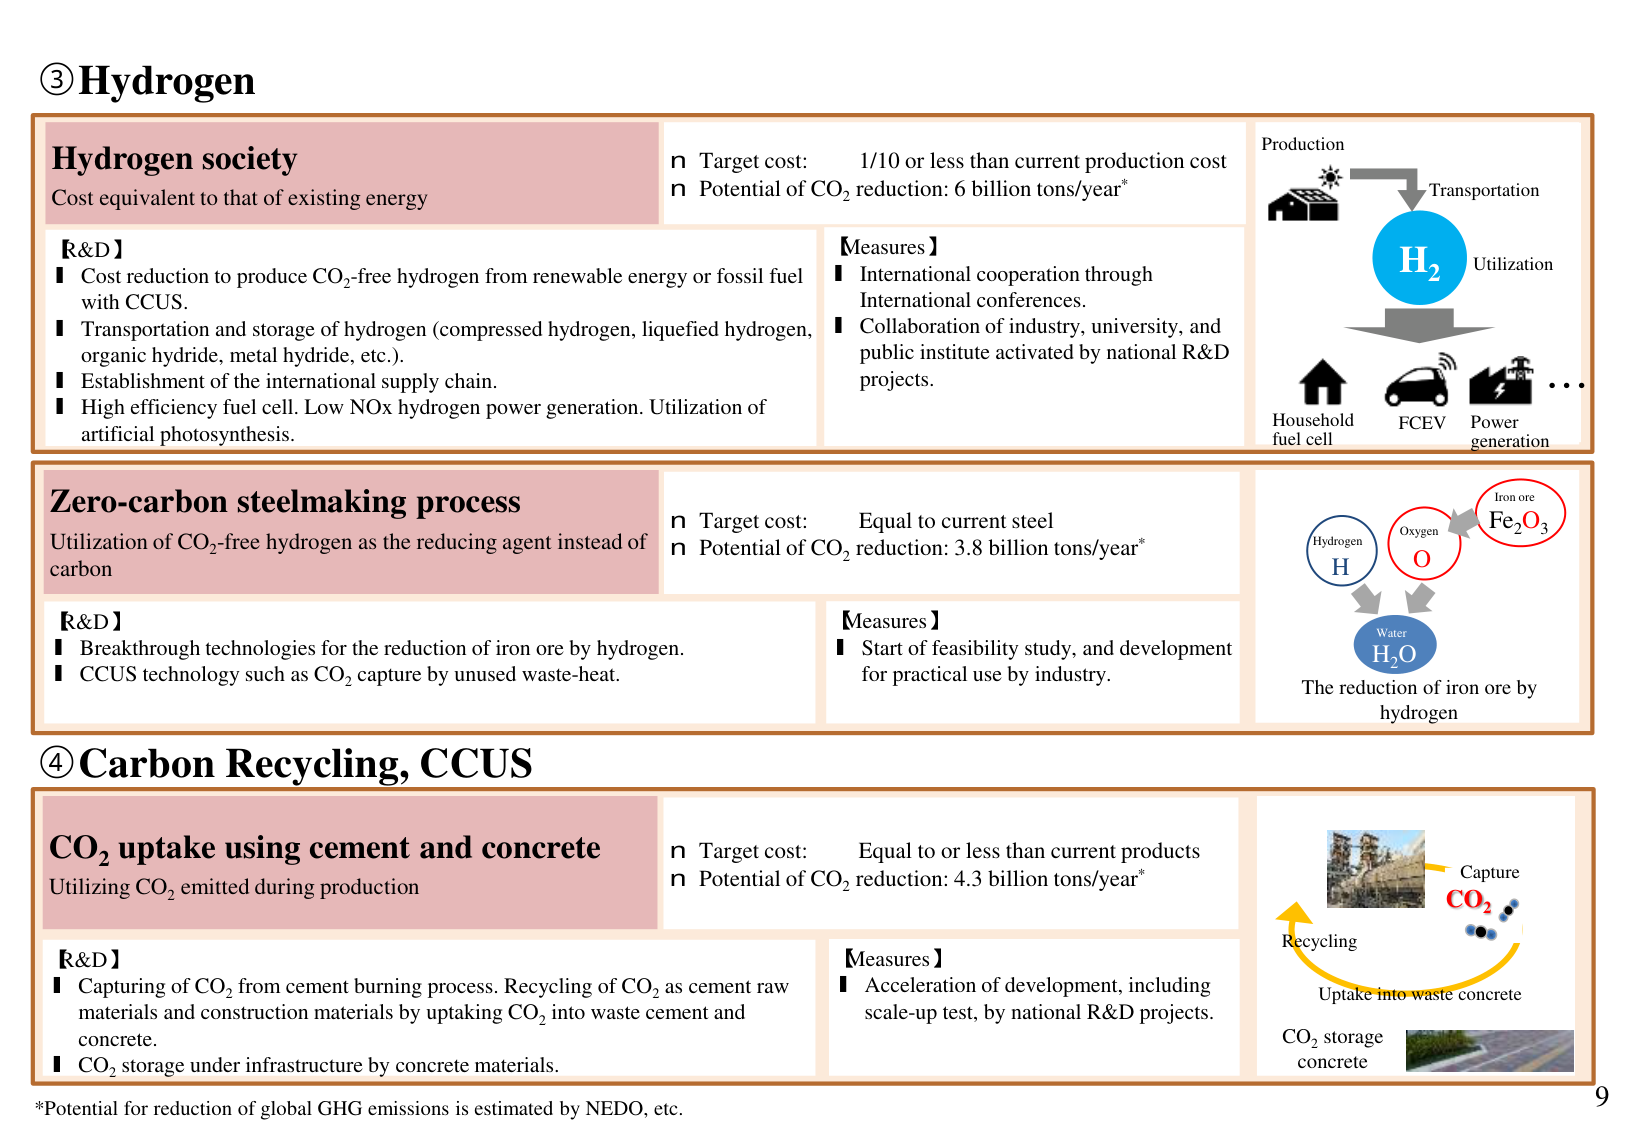
③ Hydrogen

Hydrogen society
Cost equivalent to that of existing energy

n Target cost: 1/10 or less than current production cost
n Potential of CO₂ reduction: 6 billion tons/year*

【R&D】
■ Cost reduction to produce CO₂-free hydrogen from renewable energy or fossil fuel with CCUS.
■ Transportation and storage of hydrogen (compressed hydrogen, liquefied hydrogen, organic hydride, metal hydride, etc.).
■ Establishment of the international supply chain.
■ High efficiency fuel cell. Low NOx hydrogen power generation. Utilization of artificial photosynthesis.

【Measures】
■ International cooperation through International conferences.
■ Collaboration of industry, university, and public institute activated by national R&D projects.

Production
→ Transportation
H₂
Utilization
→ Household fuel cell
→ FCEV
→ Power generation
…

Zero-carbon steelmaking process
Utilization of CO₂-free hydrogen as the reducing agent instead of carbon

n Target cost: Equal to current steel
n Potential of CO₂ reduction: 3.8 billion tons/year*

【R&D】
■ Breakthrough technologies for the reduction of iron ore by hydrogen.
■ CCUS technology such as CO₂ capture by unused waste-heat.

【Measures】
■ Start of feasibility study, and development for practical use by industry.

Iron ore
Fe₂O₃
Oxygen
O
Hydrogen
H
Water
H₂O
The reduction of iron ore by hydrogen

④ Carbon Recycling, CCUS

CO₂ uptake using cement and concrete
Utilizing CO₂ emitted during production

n Target cost: Equal to or less than current products
n Potential of CO₂ reduction: 4.3 billion tons/year*

【R&D】
■ Capturing of CO₂ from cement burning process. Recycling of CO₂ as cement raw materials and construction materials by uptaking CO₂ into waste cement and concrete.
■ CO₂ storage under infrastructure by concrete materials.

【Measures】
■ Acceleration of development, including scale-up test, by national R&D projects.

Capture
CO₂
Recycling
Uptake into waste concrete
CO₂ storage concrete

*Potential for reduction of global GHG emissions is estimated by NEDO, etc.

9